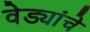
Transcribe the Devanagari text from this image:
वेड्यांचे